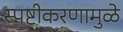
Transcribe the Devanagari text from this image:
स्पष्टीकरणामुळे